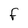
Character: F